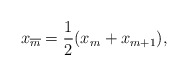
\begin{align*}x_{\overline m}={1\over2}(x_m+x_{m+1}),\end{align*}